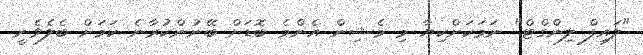
"ލައިފް ލިންގްޓް" ނަމަކަށްކިޔާ މި މެޝިން އެންމެ ބޮޑަށް ބޭނުންކުރާނެ ކަމަށް ބެލެވެނީ